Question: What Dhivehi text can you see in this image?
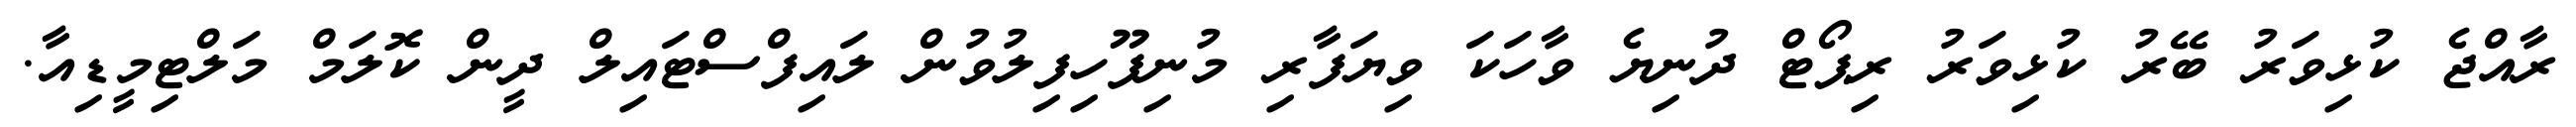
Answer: ރާއްޖެ ކުޅިވަރު ބޭރު ކުޅިވަރު ރިޕޯޓް ދުނިޔެ ވާހަކަ ވިޔަފާރި މުނިފޫހިފިލުވުން ލައިފްސްޓައިލް ދީން ކޮލަމް މަލްޓިމީޑިއާ.